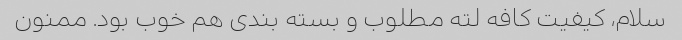
سلام، کیفیت کافه لته مطلوب و بسته بندی هم خوب بود. ممنون